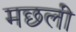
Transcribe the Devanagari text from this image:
मछलीं